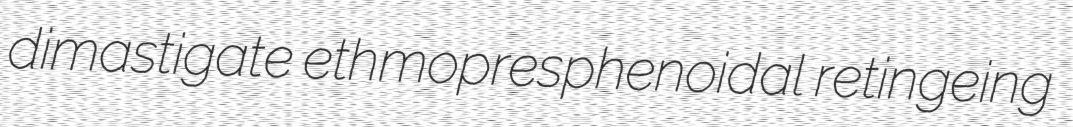
dimastigate ethmopresphenoidal retingeing